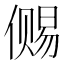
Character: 𰂭